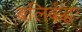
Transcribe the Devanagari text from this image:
बलिर्बद्धः